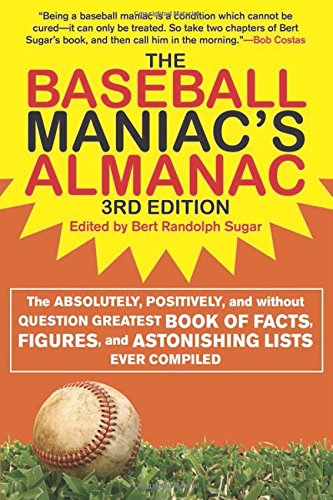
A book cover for The Baseball Maniac's Almanac: The Absolutely, Positively, and Without Question Greatest Book of Facts, Figures, and Astonishing Lists Ever Compiled ... Almanac: Absolutely, Positively & Without); Bert Randolph Sugar; Reference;